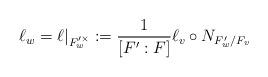
LaTeX: \begin{align*}\ell_{w}=\ell|_{F_{w}'^{\times}}:={1\over [F':F]} \ell_{v}\circ N_{F_{w}'/F_{v}}\end{align*}